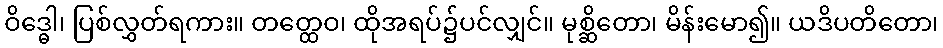
ဝိဒ္ဓေါ၊ ပြစ်လွှတ်ရကား။ တတ္ထေဝ၊ ထိုအရပ်၌ပင်လျှင်။ မုစ္ဆိတော၊ မိန်းမော၍။ ယဒိပတိတော၊